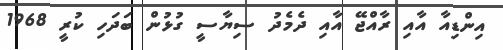
އިންޑިއާ އާއި ރާއްޖޭ އާއި ދެމެދު ސިޔާސީ ގުޅުން ބަދަހި ކުރީ 1968